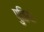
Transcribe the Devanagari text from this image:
पुतिया